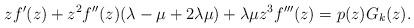
LaTeX: \begin{align*}zf'(z)+ z^2f''(z)(\lambda-\mu+2\lambda\mu)+\lambda\mu z^3f'''(z)= p(z)G_k(z).\end{align*}